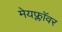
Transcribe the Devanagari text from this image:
मेयफ्लाॅवर